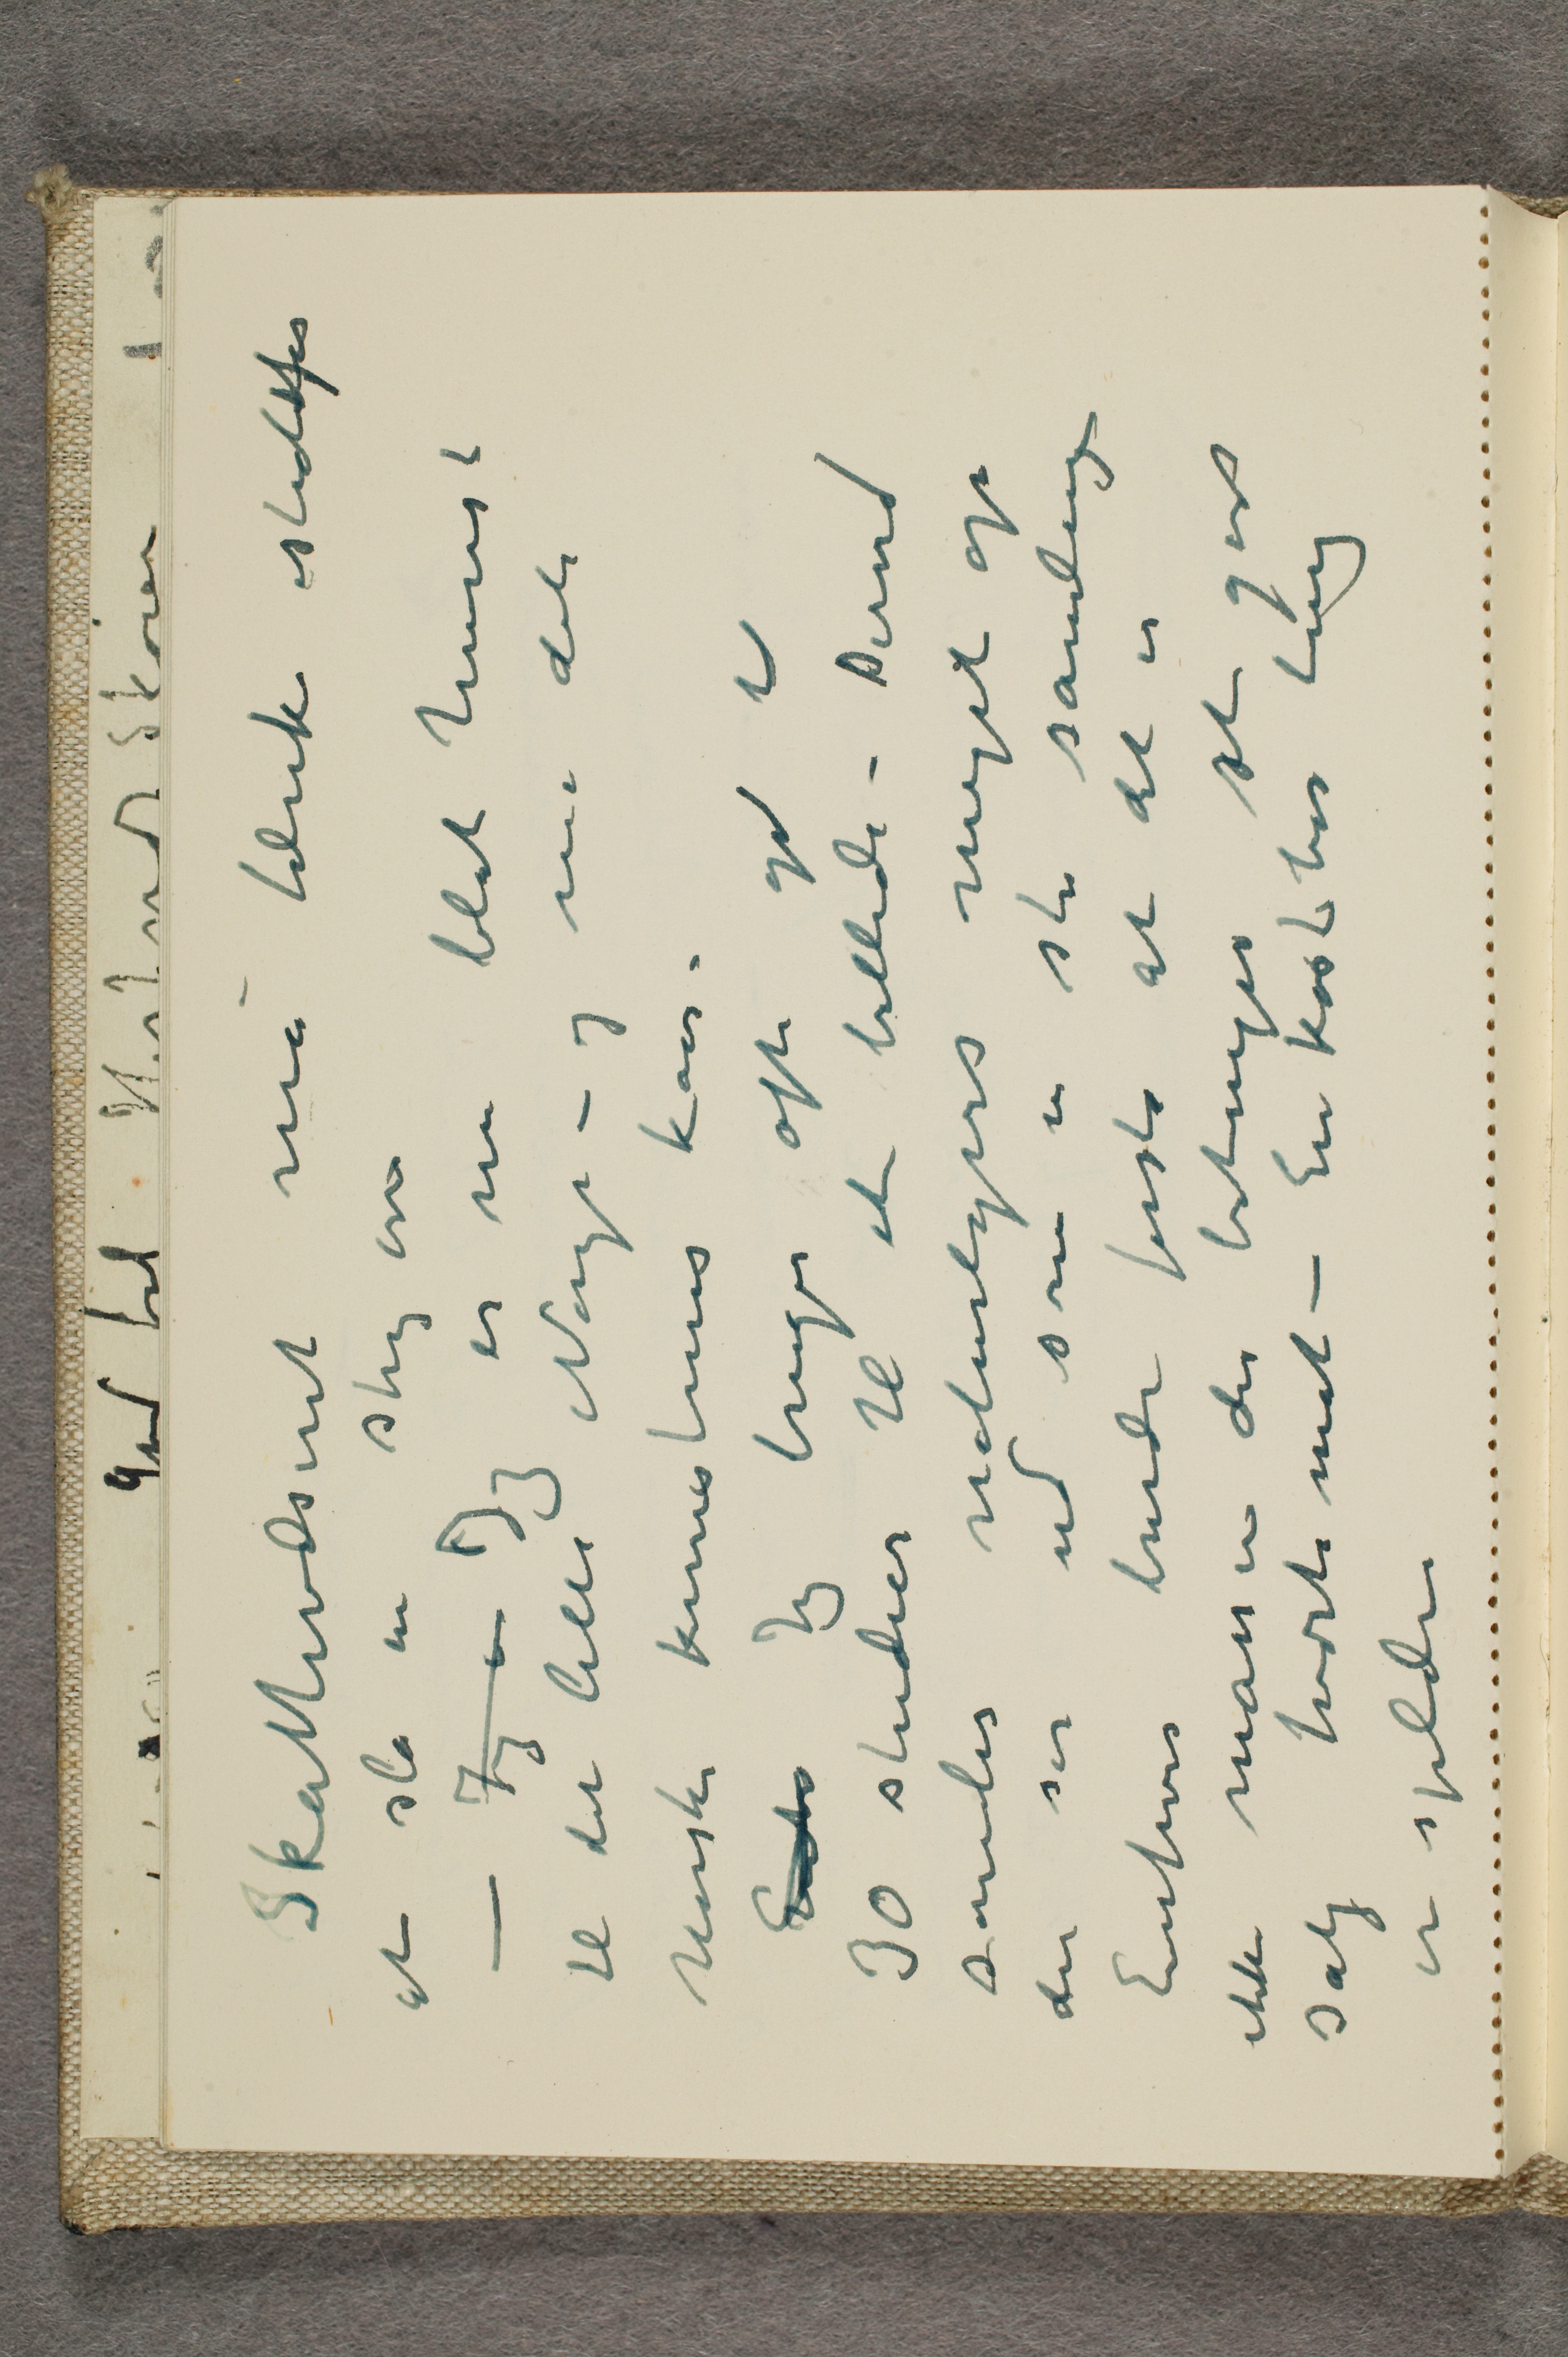
Skattevæsenet må tænke istedetfor
at slå en slig en
- Jeg er Jeg er nu blot henvist
til det lille Norge – og me dette
norske kunstneres kår -
Enhv Jeg bruger ofte god tid
30 studier til et billede - Derved
samles naturligvis meget op
der ser ud som en stor samling
Enhver burde forstå at det er
ikke massen der betinger det gode
salg tværtimot - En kostbar ting
er sjelden